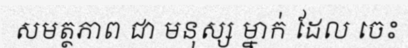
សមត្ថភាព ជា មនុស្ស ម្នាក់ ដែល ចេះ